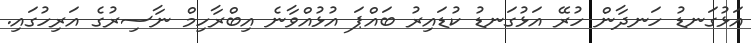
އަޅުގަނޑު ހަނދާން ހުރޭ އަޅުގަނޑު ކުޑައިރު ބައްޕަ އުޅުއްވާނެ އިބްރާހިމް ނާސިރުގެ އަރިހުގައި.